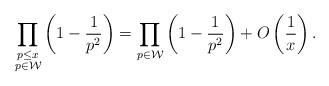
LaTeX: \begin{align*}\prod _{ \substack{p\leq x \\ p\in \mathcal{W}}} \left(1-\frac{1}{p^2}\right)=\prod_{p\in \mathcal{W}} \left(1-\frac{1}{p^2}\right) +O\left(\frac{1}{x}\right).\end{align*}